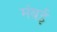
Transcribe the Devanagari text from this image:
मंबई